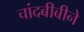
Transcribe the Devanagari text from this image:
चांदबीबीने